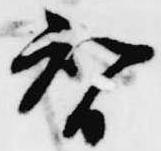
智